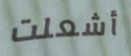
أشعلت